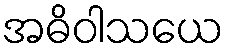
အဓိဝါသယေ